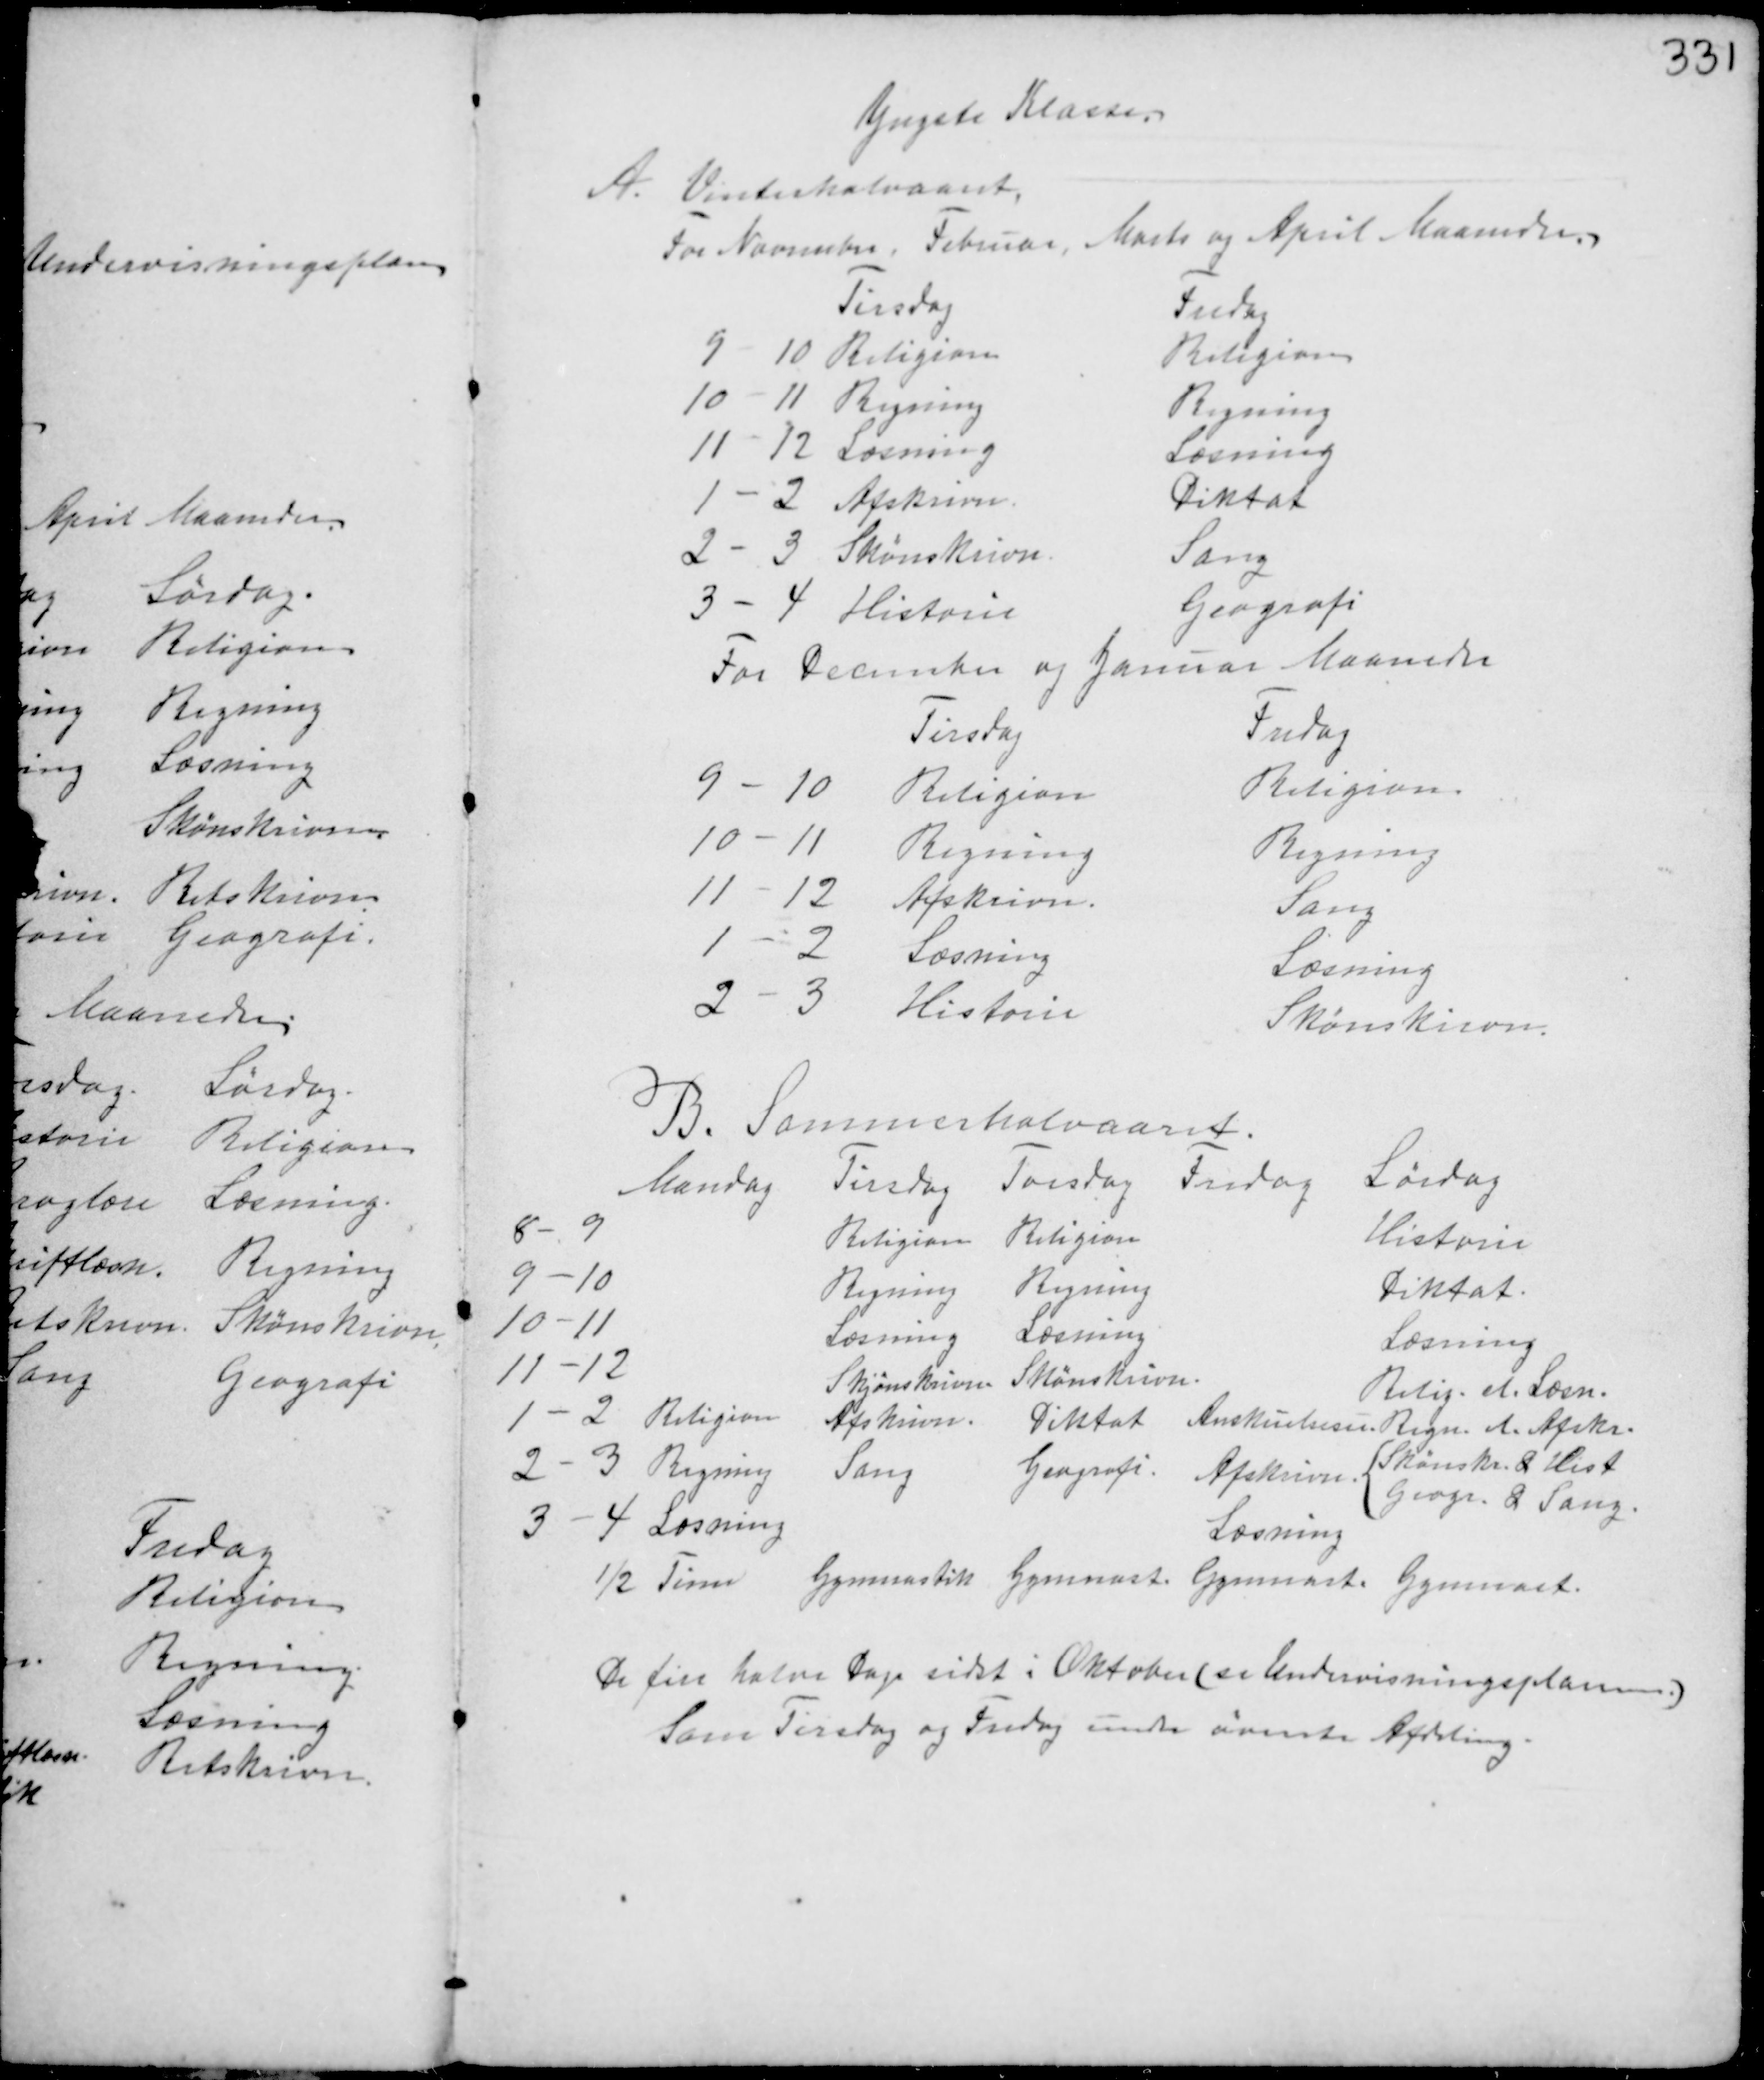
Transskription:
Yngste Klasse.
A. Vinterhalvaaret,
For November, Februar, Marts og April Maaneder.

For December og Januar Maaneder

B. Sommerhalvaaret

De fire Halve Dage i Oktober (se Undervisningsplanen.)
Som Tirsdag og Fredag under øverste Afdeling.